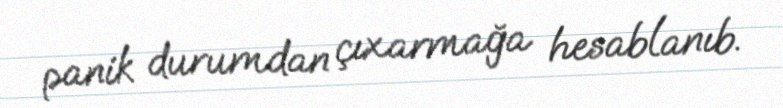
panik durumdan çıxarmağa hesablanıb.